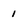
Character: 1